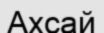
Ахсай